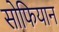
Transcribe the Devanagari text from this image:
सोफियान